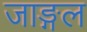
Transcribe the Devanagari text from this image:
जाङ्गल